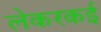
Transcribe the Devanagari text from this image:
लेकरकई